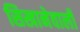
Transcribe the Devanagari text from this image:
सिखानेवाली